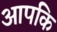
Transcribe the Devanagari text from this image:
आपकि